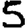
Digit: 5